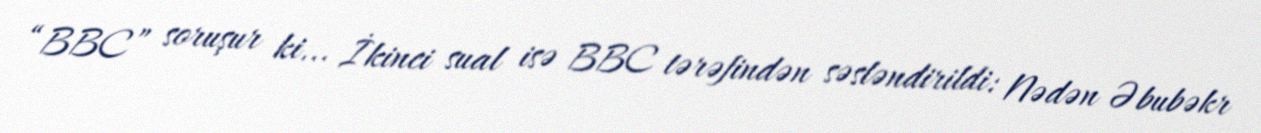
“BBC” soruşur ki... İkinci sual isə BBC tərəfindən səsləndirildi: Nədən Əbubəkr